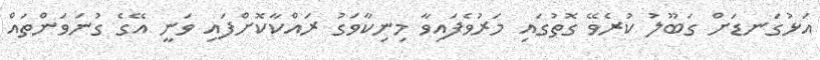
އަޅުގަނޑަށް ގަބޫލު ކުރެވޭ ގޮތުގައި މަރުވެފައިވާ މިނިކާވަގު ރައްކާކޮށްފައި ވަނީ އޭގެ ގުނަވަންތައް